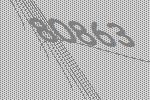
80863